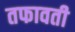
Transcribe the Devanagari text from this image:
तफावती